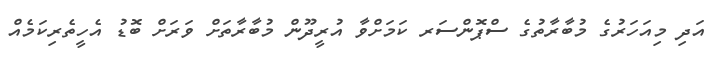
އަދި މިއަހަރުގެ މުބާރާތުގެ ސްޕޮންސަރ ކަމަށްވާ އުރީދޫން މުބާރާތަށް ވަރަށް ބޮޑު އެހީތެރިކަމެއް